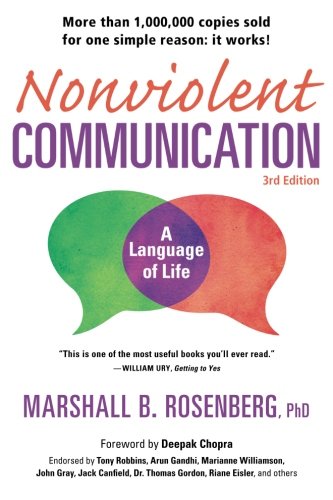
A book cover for Nonviolent Communication: A Language of Life: Life-Changing Tools for Healthy Relationships (Nonviolent Communication Guides); Marshall B. Rosenberg PhD; Self-Help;